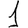
Digit: 1